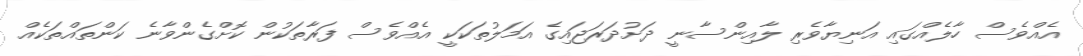
އެއްވެސް ހާލެއްގައި އަނިޔާވެރި ލާއިންސާނީ ދަށުދަރަޖައިގެ އަމަލުތަކަކީ އެއްވެސް ފަރާތަކުން ކޮށްގެންވާނެ ކަންތައްތަކެއް